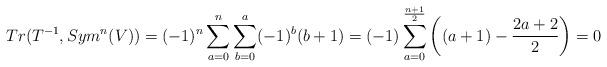
LaTeX: \begin{align*}Tr(T^{-1}, Sym^n(V)) &= (-1)^{n} \sum_{a=0}^n \sum_{b=0}^a (-1)^{b}(b+1) = (-1) \sum_{a=0}^\frac{n+1}{2} \left( (a+1) - \frac{2a+2}{2}\right) = 0 \end{align*}